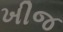
ખીજ